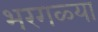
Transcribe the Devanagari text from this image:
भरगळ्या